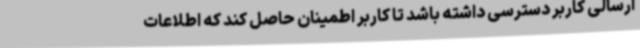
ارسالی کاربر دسترسی داشته باشد تا کاربر اطمینان حاصل کند که اطلاعات